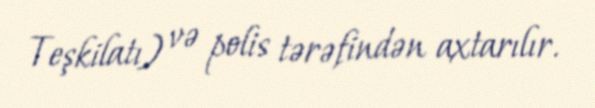
Teşkilatı) və polis tərəfindən axtarılır.